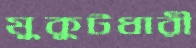
মুকুটধারী